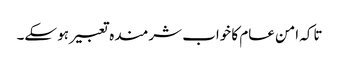
تاکہ امن عام کا خواب شرمندہ تعبیر ہو سکے۔